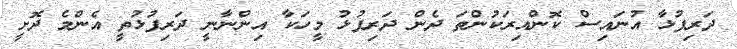
ދަރިފުޅާ އުނައިސް ކޮންއިރަކުންތަ ދެން ދަރިފުޅު މީހަކާ އިންނާނީ ދަރިފުޅުތީ އެންމެ ދޮށީ